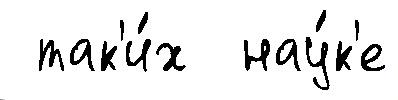
 так'и́х  нау́к'е